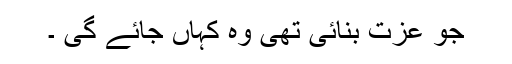
جو عزت بنائی تھی وہ کہاں جائے گی ۔